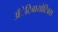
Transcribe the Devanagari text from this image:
अँेटिबायोटिक्स